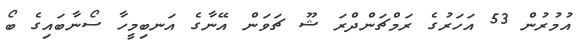
އުމުރުން 53 އަހަރުގެ ރަމްޗަންދްރަ ޝޫ ޗަވަން އޭނާގެ އަނބިމީހާ ސޯނާބައިގެ ބޯ